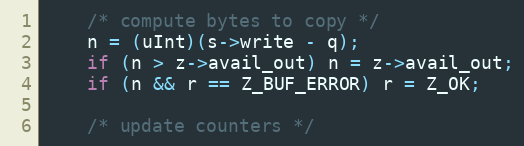
Language: C
    /* compute bytes to copy */
    n = (uInt)(s->write - q);
    if (n > z->avail_out) n = z->avail_out;
    if (n && r == Z_BUF_ERROR) r = Z_OK;

    /* update counters */